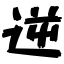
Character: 逆